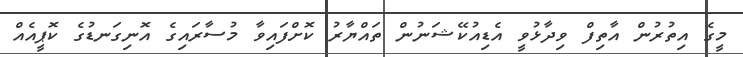
މީގެ އިތުރުން އާތިފް ވިދާޅުވީ އެޑިއުކޭޝަނުން ތައްޔާރު ކޮށްފައިވާ މުސާރައިގެ އޮނިގަނޑުގެ ކޮޕީއެއް